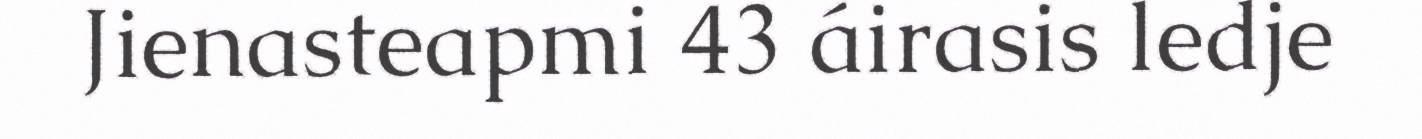
Jienasteapmi 43 áirasis ledje